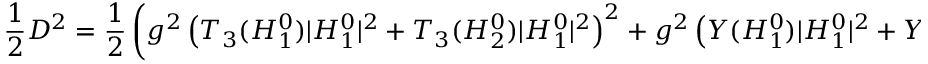
{ \frac { 1 } { 2 } } D ^ { 2 } = { \frac { 1 } { 2 } } \left( g ^ { 2 } \left( T _ { 3 } ( H _ { 1 } ^ { 0 } ) | H _ { 1 } ^ { 0 } | ^ { 2 } + T _ { 3 } ( H _ { 2 } ^ { 0 } ) | H _ { 1 } ^ { 0 } | ^ { 2 } \right) ^ { 2 } + g ^ { 2 } \left( Y ( H _ { 1 } ^ { 0 } ) | H _ { 1 } ^ { 0 } | ^ { 2 } + Y ( H _ { 2 } ^ { 0 } ) | H _ { 1 } ^ { 0 } | ^ { 2 } \right) ^ { 2 } \right) .